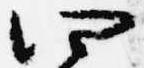
四